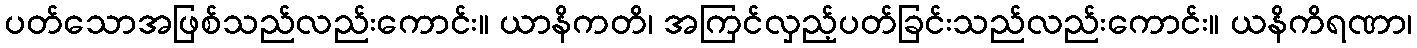
ပတ်သောအဖြစ်သည်လည်းကောင်း။ ယာနိကတိ၊ အကြင်လှည့်ပတ်ခြင်းသည်လည်းကောင်း။ ယနိကိရဏာ၊